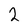
Character: 2